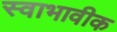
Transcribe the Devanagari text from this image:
स्वाभावीक